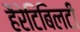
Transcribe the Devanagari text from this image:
हैरेटिबिलटी